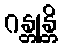
ဂန္တုန္တိ